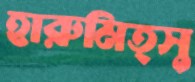
হারুমিত্সু